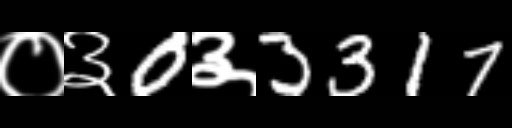
Text: ०३0३3317